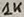
Text: 1K